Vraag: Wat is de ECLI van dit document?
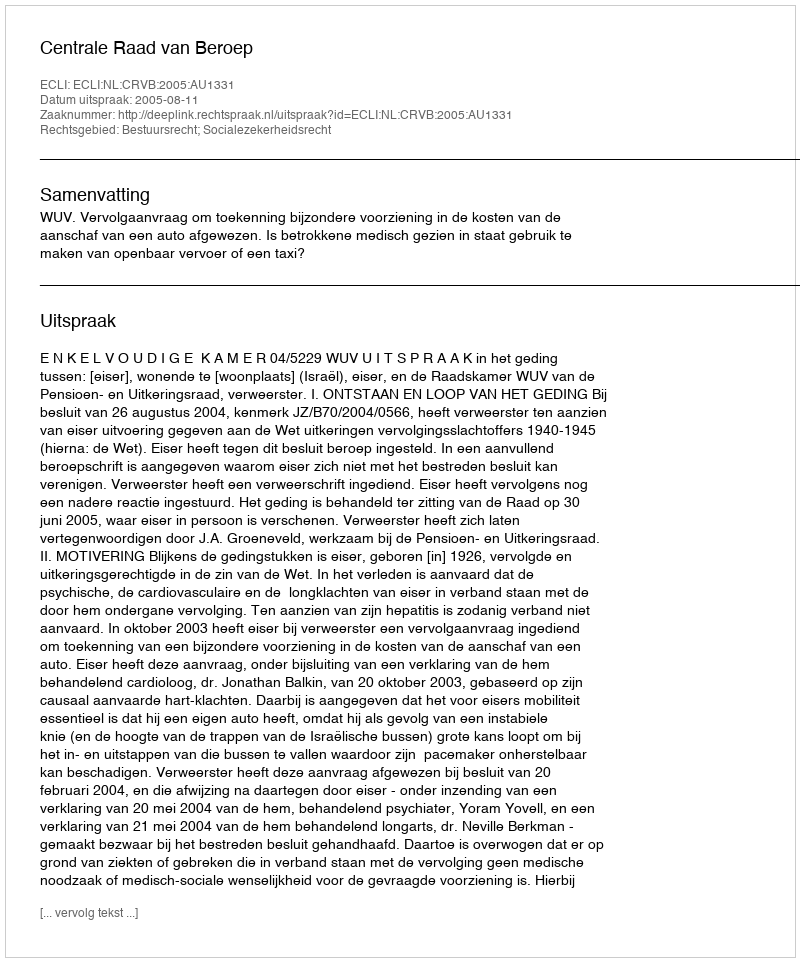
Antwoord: ECLI:NL:CRVB:2005:AU1331